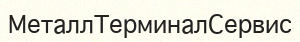
МеталлТерминалСервис